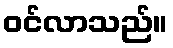
ဝင်လာသည်။